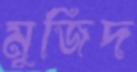
মুজিদ